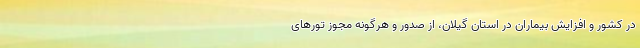
در کشور و افزایش بیماران در استان گیلان، از صدور و هرگونه مجوز تورهای